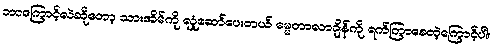
ဘာကြောင့်လဲဆိုတော့ သားအိမ်ကို လှုံဆော်ပေးတယ် ဓမ္မတာလာချိန်ကို ရက်ကြာစေတဲ့ကြောင့်ပါ။